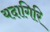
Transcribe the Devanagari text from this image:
यदागिरि